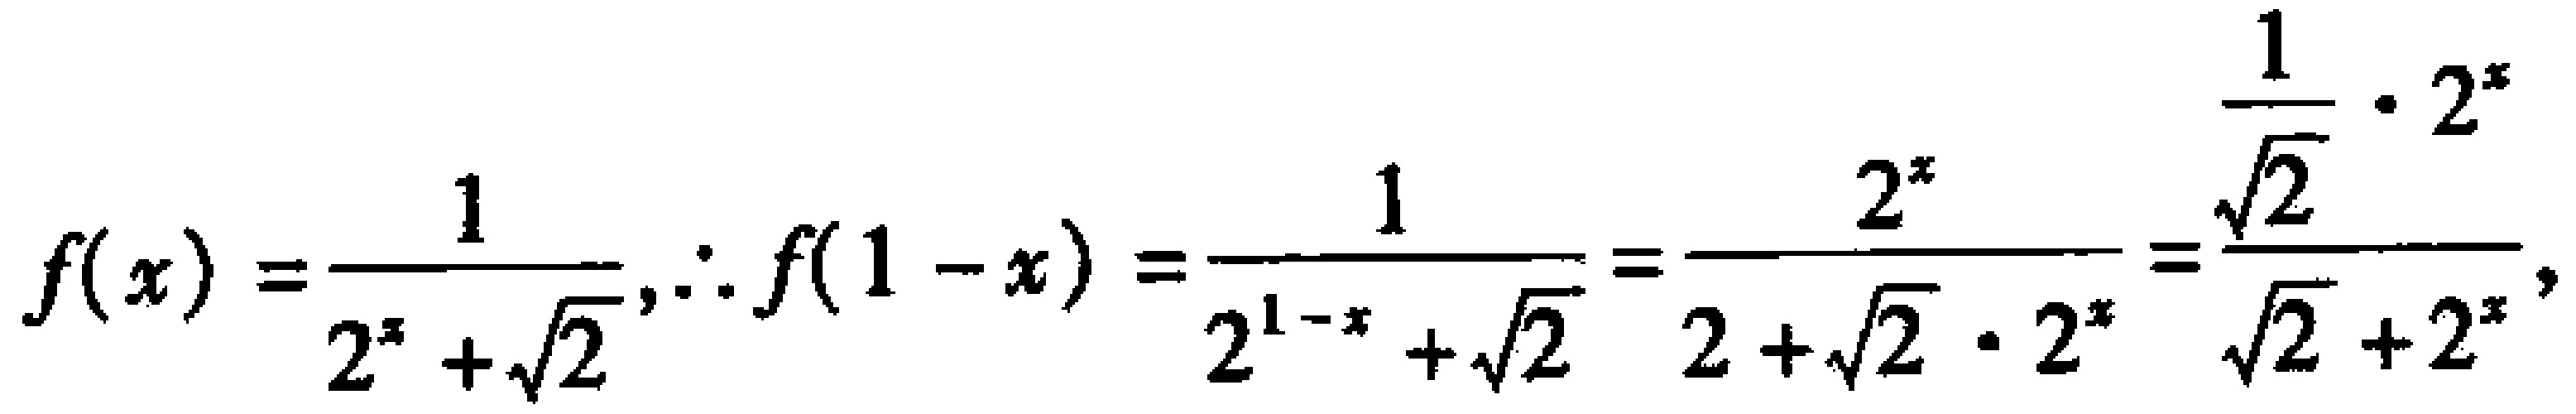
\[
f(x)=\frac{1}{2^{x}+\sqrt{2}}, \therefore f(1 - x)=\frac{1}{2^{1 - x}+\sqrt{2}}=\frac{2^{x}}{2+\sqrt{2}\cdot2^{x}}=\frac{\frac{1}{\sqrt{2}}\cdot2^{x}}{\sqrt{2}+2^{x}},
\]